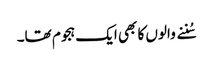
سُننے والوں کا بھی ایک ہجوم تھا۔